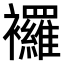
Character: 𧟌